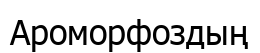
Ароморфоздың